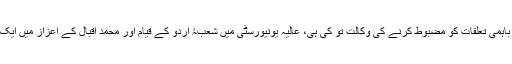
اس موقع پر ممتا نے ہندوستان اور پاکستان کے باہمی تعلقات کو مضبوط کرنے کی وکالت تو کی ہی، عالیہ یونیورسٹی میں شعبۂ اردو کے قیام اور محمد اقبال کے اعزاز میں ایک چیئر قائم کرنے کی بھی یقین دہانی کرائی گئی۔